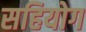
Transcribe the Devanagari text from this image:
सहियोग